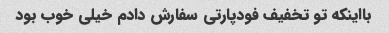
بااینکه تو تخفیف فودپارتی سفارش دادم خیلی خوب بود